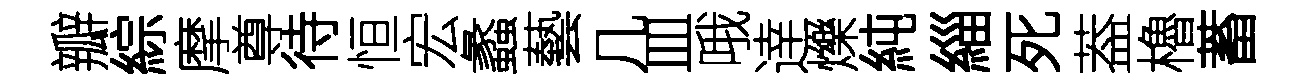
瓣綜摩尊待恒宏蠡藝几皿哦逹爍純緇死葢櫓蓄